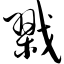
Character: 戮